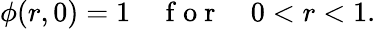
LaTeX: \phi(r,0)=1\quad\mathrm{~f~o~r~}\quad 0<r<1.